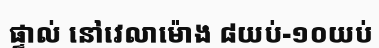
ផ្ទាល់ នៅវេលាម៉ោង ៨យប់-១០យប់